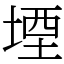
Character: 堙